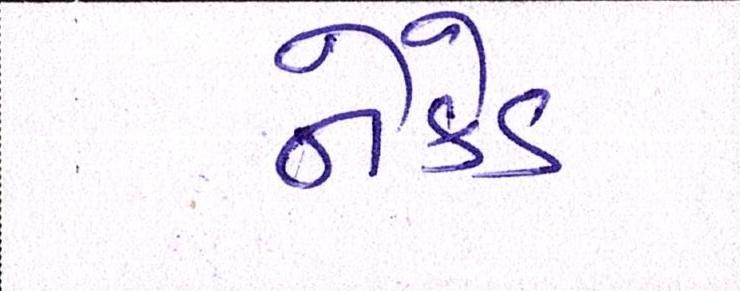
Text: નેકેડ